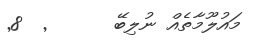
މައުލޫމާތެއް ނުލިބޭ